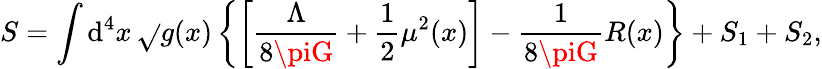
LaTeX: S=\int\mathrm{d}^{4}x\, \sqrt{}{{g(x)}}\left\{ \left[\frac{{\Lambda}}{{8\piG}}+\frac{{1}}{{2}}\mu^{2}(x)\right]-\frac{{1}}{{8\piG}}R(x)\right\} +S_{1}+S_{2},